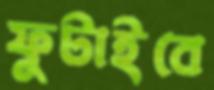
ফুটাইবে